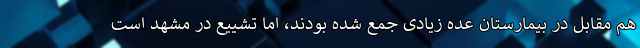
هم مقابل در بیمارستان عده زیادی جمع شده بودند، اما تشییع در مشهد است